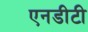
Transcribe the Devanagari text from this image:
एनडीटी